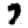
Digit: 7